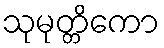
သုမုတ္တိကော